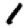
Digit: 1